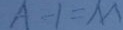
A - 1 = M